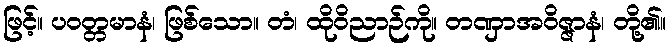
ဖြင့်။ ပဝတ္တမာနံ၊ ဖြစ်သော။ တံ၊ ထိုဝိညာဉ်ကို။ တဏှာအဝိဇ္ဇာနံ၊ တို့၏။